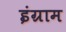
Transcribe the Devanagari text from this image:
इंग्राम